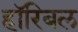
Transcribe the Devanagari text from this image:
हॉरिबल